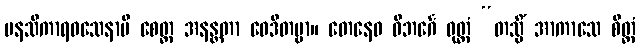
မနသိကာရဝသေနာပိ စေတ္ထ အနန္တတာ ဝေဒိတဗ္ဗာ။ တေနေဝ ဝိဘင်္ဂေ ဝုတ္တံ “တသ္မိံ အာကာသေ စိတ္တံ